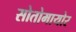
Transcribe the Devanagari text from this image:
सोतोमायोर